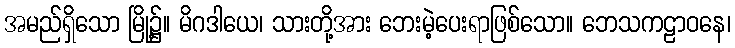
အမည်ရှိသော မြို့၌။ မိဂဒါယေ၊ သားတို့အား ဘေးမဲ့ပေးရာဖြစ်သော။ ဘေသကဠာဝနေ၊